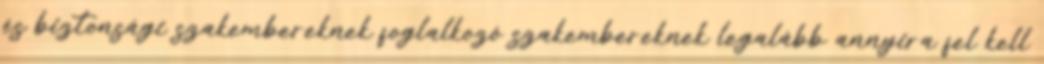
és biztonsági szakembereknek foglalkozó szakembereknek legalább annyira fel kell